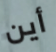
أين